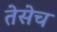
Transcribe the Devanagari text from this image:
तेसेच